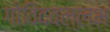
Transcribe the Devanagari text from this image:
गोविंदवल्लभ